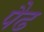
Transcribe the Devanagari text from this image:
पैढ